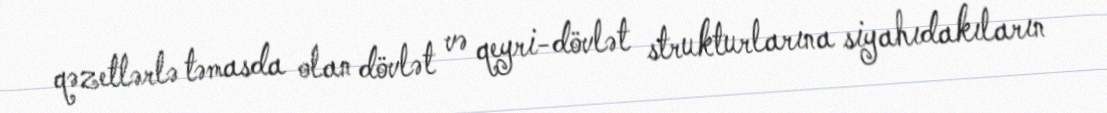
qəzetlərlə təmasda olan dövlət və qeyri-dövlət strukturlarına siyahıdakıların